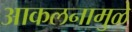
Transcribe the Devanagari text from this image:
आकलनामुळे